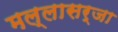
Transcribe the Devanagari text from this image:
मल्लासर्जा